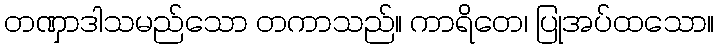
တဏှာဒါသမည်သော တကာသည်။ ကာရိတေ၊ ပြုအပ်ထသော။